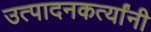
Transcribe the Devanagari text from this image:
उत्पादनकर्त्यांनी